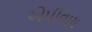
એપીવાય